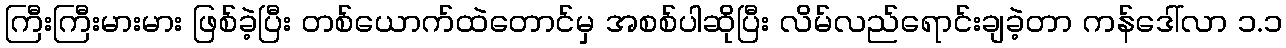
ကြီးကြီးမားမား ဖြစ်ခဲ့ပြီး တစ်ယောက်ထဲတောင်မှ အစစ်ပါဆိုပြီး လိမ်လည်ရောင်းချခဲ့တာ ကန်ဒေါ်လာ ၁.၁